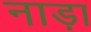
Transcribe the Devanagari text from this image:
नाड़ा